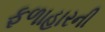
ફળાહારની